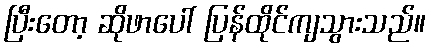
ပြီးတော့ ဆိုဖာပေါ် ပြန်ထိုင်ကျသွားသည်။